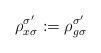
LaTeX: \begin{align*} \rho_{x\sigma}^{\sigma'} := \rho_{g\sigma}^{\sigma'} \end{align*}